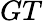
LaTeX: GT